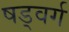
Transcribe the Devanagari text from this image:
षड्वर्ग